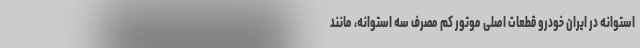
استوانه در ایران خودرو قطعات اصلی موتور کم مصرف سه استوانه، مانند